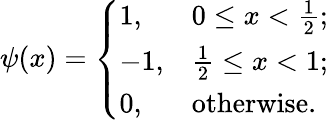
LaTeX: \psi(x)=\left\{ \begin{array}{ll}{1,}&{0\leq x<\frac{1}{2};}\\ {-1,}&{\frac{1}{2}\leq x<1;}\\ {0,}&{\mathrm{otherwise.}}\end{array}\right.